Cholera in southern India
Disease focus: Cholera
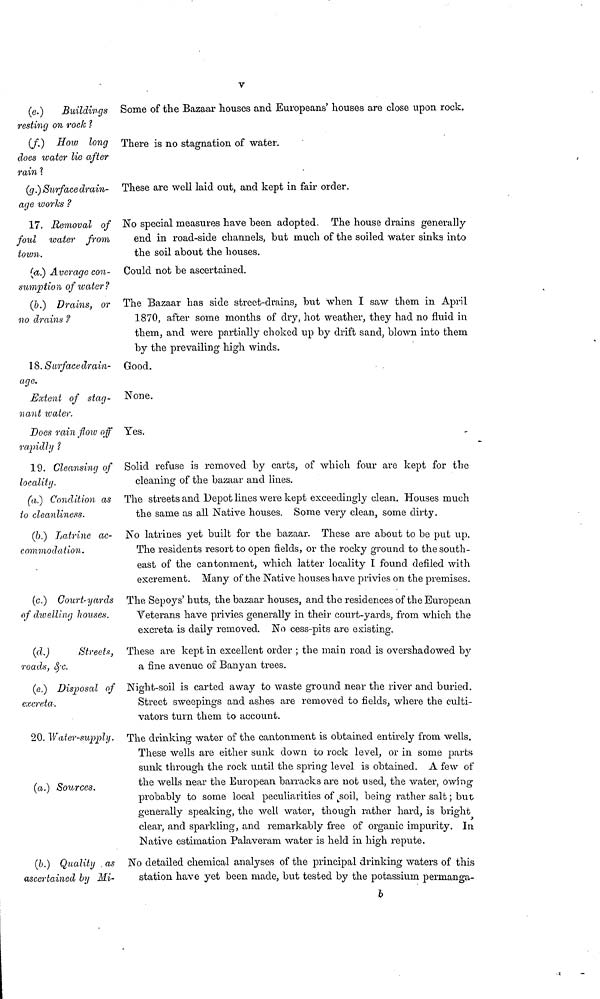
V
(e.)
Buildings
resting on rock ?
Some of the Bazaar houses and Europeans' houses are close upon rock.
(f.) How long
does water lie after
rain ?
There is no stagnation of water.
(g.) Surface drain-
age works ?
These are well laid out, and kept in fair order.
17. Removal of
foul water from
town.
No special measures have been adopted. The house drains generally
end in road-side channels, but much of the soiled water sinks into
the soil about the houses.
(a.) Average con-
sumption of water?
Could not be ascertained.
(b.) Drains, or
no drains ?
The Bazaar has side street-drains, but when I saw them in April
1870, after some months of dry, hot weather, they had no fluid in
them, and were partially choked up by drift sand, blown into them
by the prevailing high winds.
18. Surface drain-
age.
Good.
Extent of stag-
nant water.
None.
Does rain flow off
rapidly ?
Yes.
19. Cleansing of
locality.
Solid refuse is removed by carts, of which four are kept for the
cleaning of the bazaar and lines.
(a.) Condition as
to cleanliness.
The streets and Depot lines were kept exceedingly clean. Houses much
the same as all Native houses. Some very clean, some dirty.
(6.) Latrine ac-
commodation.
No latrines yet built for the bazaar. These are about to be put up.
The residents resort to open fields, or the rocky ground to the south-
east of the cantonment, which latter locality I found defiled with
excrement. Many of the Native houses have privies on the premises.
(c.) Court-yards
of dwelling houses.
The Sepoys' huts, the bazaar houses, and the residences of the European
Veterans have privies generally in their court-yards, from which the
excreta is daily removed. No cess-pits are existing.
(d.)
Streets,
roads, &c.
These are kept in excellent order ; the main road is overshadowed by
a fine avenue of Banyan trees.
(e.) Disposal of
excreta.
Night-soil is carted away to waste ground near the river and buried.
Street sweepings and ashes are removed to fields, where the culti-
vators turn them to account.
20. Water-supply.
(a.) Sources.
The drinking water of the cantonment is obtained entirely from wells.
These wells are either sunk down to rock level, or in some parts
sunk through the rock until the spring level is obtained. A few of
the wells near the European barracks are not used, the water, owing
probably to some local peculiarities of soil, being rather salt ; but
generally speaking, the well water, though rather hard, is bright
clear, and sparkling, and remarkably free of organic impurity. In
Native estimation Palaveram water is held in high repute.
(b.) Quality as
ascertained by Hi-
No detailed chemical analyses of the principal drinking waters of this
station have yet been made, but tested by the potassium permanga-